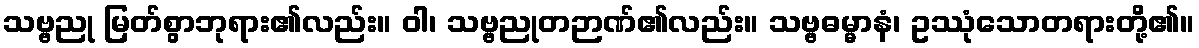
သဗ္ဗညု မြတ်စွာဘုရား၏လည်း။ ဝါ၊ သဗ္ဗညုတဉာဏ်၏လည်း။ သဗ္ဗဓမ္မာနံ၊ ဥဿုံသောတရားတို့၏။